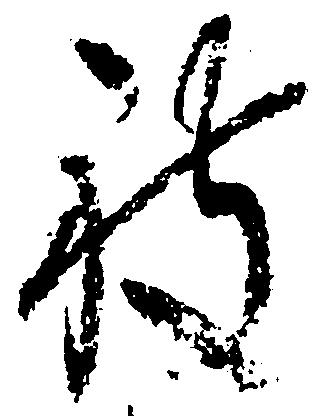
被